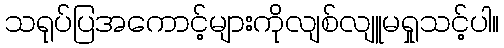
သရုပ်ပြအကောင့်များကိုလျစ်လျူမရှုသင့်ပါ။